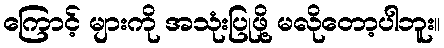
ကြောင့် များကို အသုံးပြုဖို့ မလိုတော့ပါဘူး။